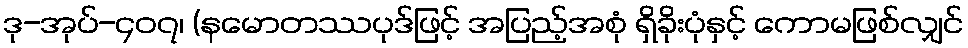
ဒု-အုပ်-၄၀၇၊ (နမောတဿပုဒ်ဖြင့် အပြည့်အစုံ ရှိခိုးပုံနှင့် ကောမဖြစ်လျှင်